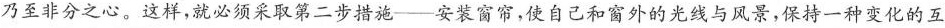
乃至非分之心。这样，就必须采取第二步措施--安装窗帘，使自己和窗外的光线与风景，保持一种变化的互